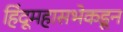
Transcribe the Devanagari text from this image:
हिंदूमहासभेकडून